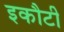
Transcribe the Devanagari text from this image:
इकौटी